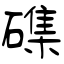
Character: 磼